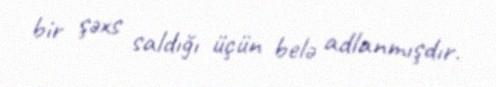
bir şəxs saldığı üçün belə adlanmışdır.